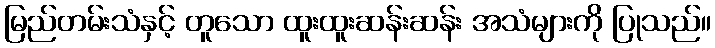
မြည်တမ်းသံနှင့် တူသော ထူးထူးဆန်းဆန်း အသံများကို ပြုသည်။